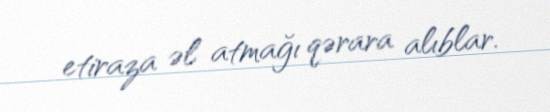
etiraza əl atmağı qərara alıblar.